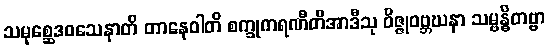
သမုစ္ဆေဒဝသေနာတိ တာနေဝါတိ စက္ခုကရဏီတိအာဒီသု ဝိဇ္ဇုဝဗ္ဘဃနာ သမ္ဗန္ဓိတဗ္ဗာ